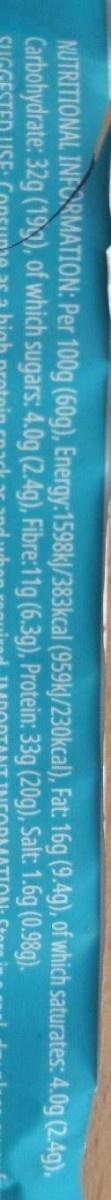
NUTRITIONAL INFORMATION: Per 100g (60g), Energy:1598kJ/383kcal (959k)/230kcal), Fat: 16g (9.4g), of which saturates: 4.0g (2.4g), Carbohydrate: 32g (19g), of which sugars: 4.0g (2.4g), Fibre:11g (6.3g), Protein: 33g (20g), Salt: 1.6g (0.98g).